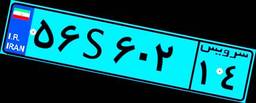
۴۲S۱۰۵۹۳